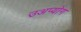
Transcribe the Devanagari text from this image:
उअप्योग